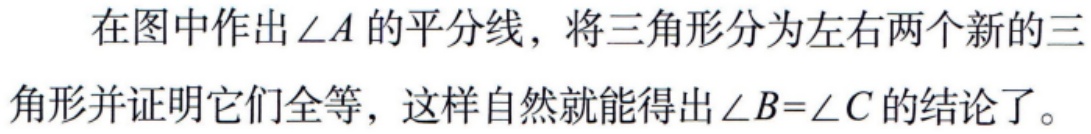
在图中作出\(\angle A\)的平分线，将三角形分为左右两个新的三角形并证明它们全等，这样自然就能得出\(\angle B = \angle C\)的结论了。